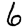
Digit: 6